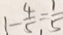
1 - \frac { 4 } { 5 } = \frac { 1 } { 5 }